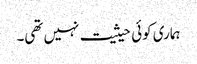
ہماری کوئی حیثیت نہیں تھی۔